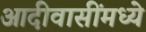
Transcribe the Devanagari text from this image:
आदीवासींमध्ये